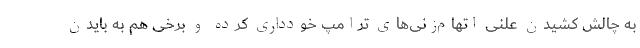
به چالش کشیدن علنی اتهام‌زنی‌های ترامپ خودداری کرده و برخی هم به بایدن